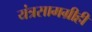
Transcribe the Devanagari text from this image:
यंत्रसामग्रीही